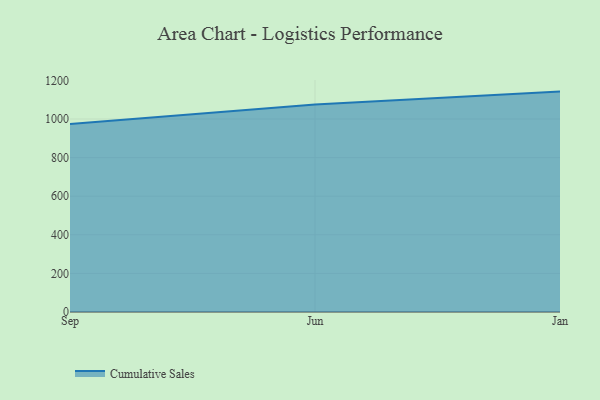
{"axis": {"x": "Month", "y": "Population (Million)"}, "legend": ["Cumulative Sales"], "data": [{"x": "Sep", "y": 973.7, "type": "Cumulative Sales"}, {"x": "Jun", "y": 1075.5, "type": "Cumulative Sales"}, {"x": "Jan", "y": 1142.0, "type": "Cumulative Sales"}]}